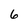
Character: 6